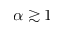
\alpha \gtrsim 1